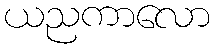
ယညကာလော